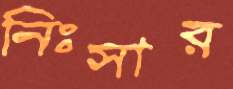
নিঃসার